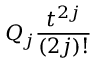
Q _ { j } \frac { t ^ { 2 j } } { ( 2 j ) ! }